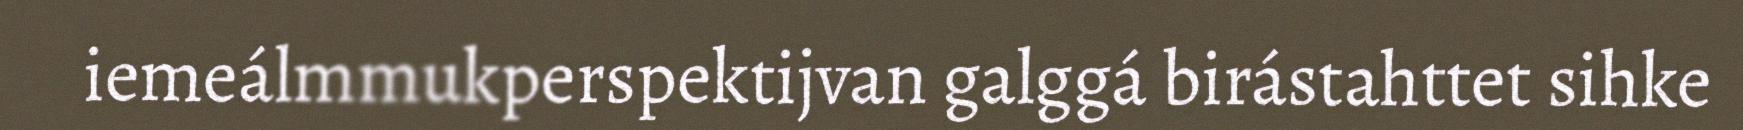
iemeálmmukperspektijvan galggá birástahttet sihke